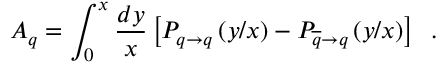
A _ { q } = \int _ { 0 } ^ { x } { \frac { d y } { x } } \left\lbrack P _ { q \rightarrow q } \left( { y / x } \right) - P _ { \overline { { q } } \rightarrow q } \left( { y / x } \right) \right\rbrack \; \; .